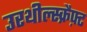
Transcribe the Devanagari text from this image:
उरथील्स्क्रैफ़्ट